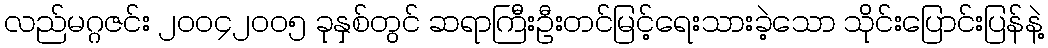
လည်မဂ္ဂဇင်း ၂၀၀၄၂၀၀၅ ခုနှစ်တွင် ဆရာကြီးဦးတင်မြင့်ရေးသားခဲ့သော သိုင်းပြောင်းပြန်နဲ့